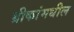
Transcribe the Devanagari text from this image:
ग्रीकांमधील